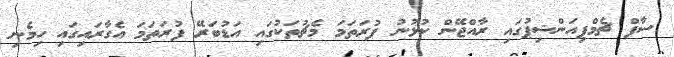
ސާފް ޗެމްޕިއަންޝިޕުގައި ރާއްޖޭން ކުޅުނު ފުރަތަމަ މެޗުތަކުގައި އަޑުބަރޭ ފުރަތަމަ އެގާރައިގައި ހިމެނި